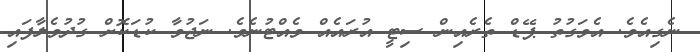
ނެގިއެވެ. އެވަގުތު ޕޭޑް ތެރެއިން ސިޓީ އުރައެއް ވެއްޓުނެވެ. ނަޖުވާ ކުޑަކޮށް ގުދުވެލާފައި